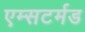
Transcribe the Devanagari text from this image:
एम्सटर्मड